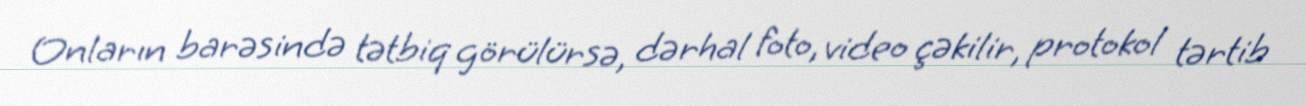
Onların barəsində tətbiq görülürsə, dərhal foto, video çəkilir, protokol tərtib